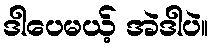
ဒါပေမယ့် အဲဒါပဲ။